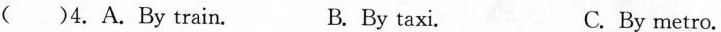
()4. A.By train. B. By taxi. C. By metro.